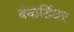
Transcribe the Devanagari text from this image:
बंबार्डियर